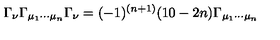
\Gamma _ { \nu } \Gamma _ { \mu _ { 1 } \cdots \mu _ { n } } \Gamma _ { \nu } = ( - 1 ) ^ { ( n + 1 ) } ( 1 0 - 2 n ) \Gamma _ { \mu _ { 1 } \cdots \mu _ { n } }